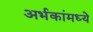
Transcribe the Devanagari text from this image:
अर्भकांमध्ये